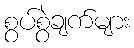
စွပ်စွဲချက်များ